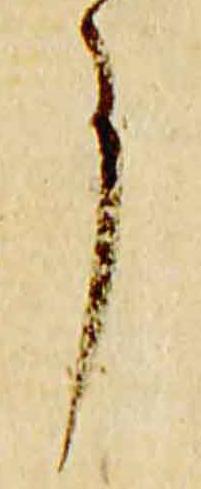
事